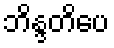
ဘိန္ဒတိပေ